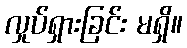
လှုပ်ရှားခြင်း မရှိ။